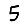
Digit: 5